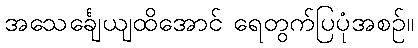
အသေင်္ချေယျထိအောင် ရေတွက်ပြပုံအစဉ်။